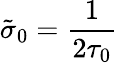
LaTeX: \tilde{\sigma}_{0}=\frac{1}{2\tau_{0}}